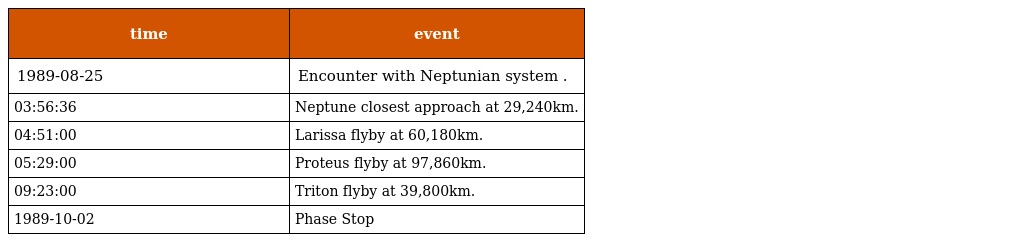
| time | event |
 | --- | --- |
 | 1989-08-25 | Encounter with Neptunian system . |
 | 03:56:36 | Neptune closest approach at 29,240km. |
 | 04:51:00 | Larissa flyby at 60,180km. |
 | 05:29:00 | Proteus flyby at 97,860km. |
 | 09:23:00 | Triton flyby at 39,800km. |
 | 1989-10-02 | Phase Stop |